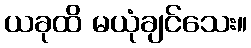
ယခုထိ မယုံချင်သေး။